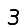
Digit: 3